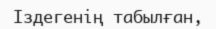
Іздегенің табылған,